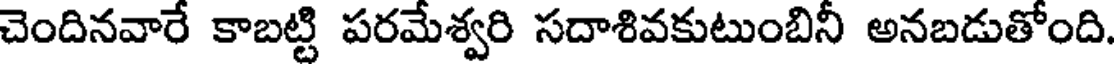
చెందినవారే కాబట్టి పరమేశ్వరి సదాశివకుటుంబినీ అనబడుతోంది